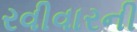
રવીવારની